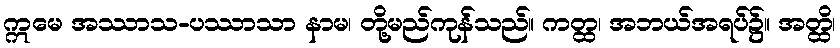
ဣမေ အဿာသ-ပဿာသာ နာမ၊ တို့မည်ကုန်သည်။ ကတ္ထ၊ အဘယ်အရပ်၌။ အတ္ထိ၊